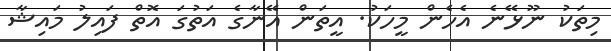
މިތަކު ނޫޅޭނެ އެހެން މީހަކު. އީތަން އޭނާގެ އަތުގަ އޮތް ފައިލު މައިޝާ